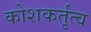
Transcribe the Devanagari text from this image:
कोशकर्तृत्व